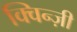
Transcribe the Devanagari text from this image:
क्विन्ज़ी